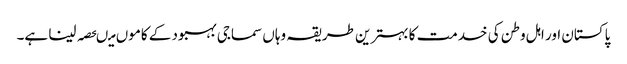
پاکستان اور اہل وطن کی خدمت کا بہترین طریقہ وہاں سماجی بہبود کے کاموں میںحصہ لینا ہے۔